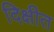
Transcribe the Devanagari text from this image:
दिक्षीत